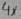
Text: 4X